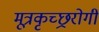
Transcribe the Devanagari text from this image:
मूत्रकृच्छ्ररोगी